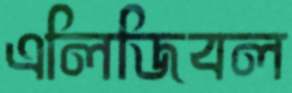
এলিজিবল